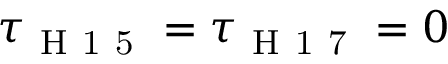
\tau _ { \mathrm { ~ H ~ 1 ~ 5 ~ } } = \tau _ { \mathrm { ~ H ~ 1 ~ 7 ~ } } = 0